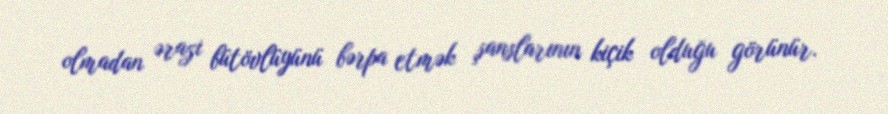
olmadan ərazi bütövlüyünü bərpa etmək şanslarının kiçik olduğu görünür.